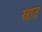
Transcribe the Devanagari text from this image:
स्रात